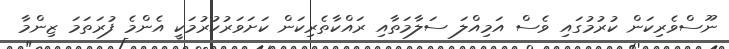
ނޫސްވެރިކަން ކުރުމުގައި ވެސް އަމިއްލަ ސަލާމަތާއި ރައްކާތެރިކަން ކަށަވަރުކުރުމަކީ އެންމެ ފުރަތަމަ ޒިންމާ